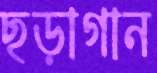
ছড়াগান